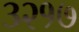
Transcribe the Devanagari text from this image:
३२१७